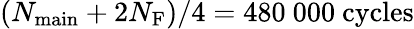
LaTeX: (N_{\mathrm{main}}+2N_{\mathrm{F}})/4=480~000~\mathrm{cycles}